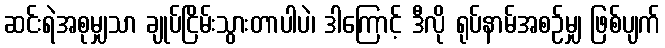
ဆင်းရဲအစုမျှသာ ချုပ်ငြိမ်းသွားတာပါပဲ၊ ဒါကြောင့် ဒီလို ရုပ်နာမ်အစဉ်မျှ ဖြစ်ပျက်